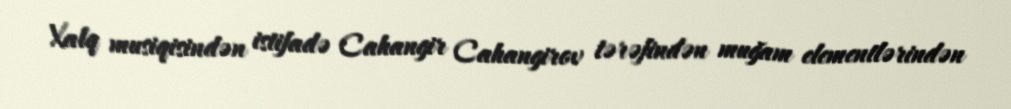
Xalq musiqisindən istifadə Cahangir Cahangirov tərəfindən muğam elementlərindən